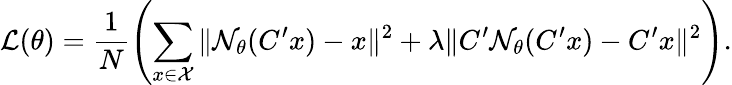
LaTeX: \mathcal{L}(\theta)=\frac{1}{N}\left(\sum_{x\in\mathcal{X}}\| \mathcal{N}_{\theta}(C^{\prime}x)-x\| ^{2}+\lambda\| C^{\prime}\mathcal{N}_{\theta}(C^{\prime}x)-C^{\prime}x\| ^{2}\right).